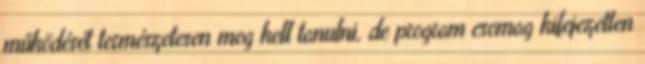
működését természetesen meg kell tanulni, de program csomag kifejezetten